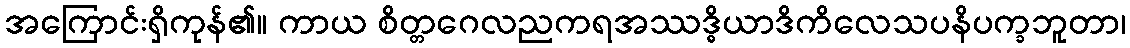
အကြောင်းရှိကုန်၏။ ကာယ စိတ္တဂေလညကရအဿဒ္ဓိယာဒိကိလေသပနိပက္ခဘူတာ၊